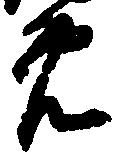
免